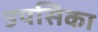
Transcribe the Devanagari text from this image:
उपसिका